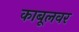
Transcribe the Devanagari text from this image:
काबूलवर